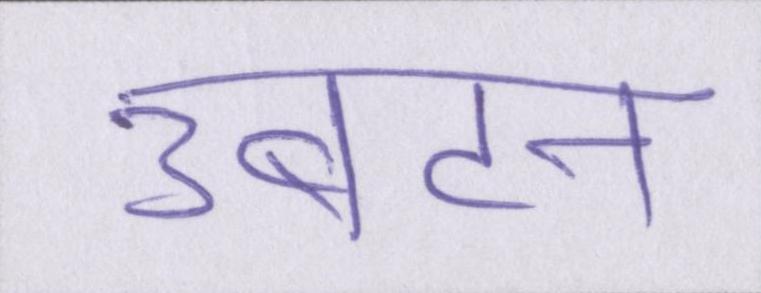
उबटन